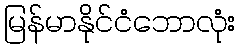
မြန်မာနိုင်ငံဘောလုံး